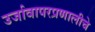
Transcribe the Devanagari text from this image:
उर्जावापरप्रणालीचे